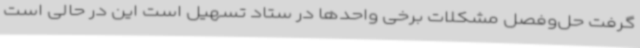
گرفت حل‌وفصل مشکلات برخی واحدها در ستاد تسهیل است این در حالی است